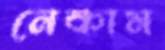
নেকাম